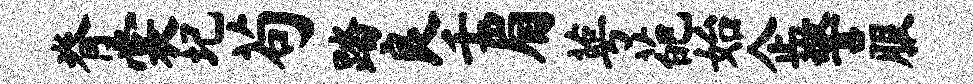
脊裳圮苟踏良壬眉萼葩始企警服